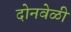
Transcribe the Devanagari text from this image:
दोनवेळी